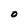
Character: O